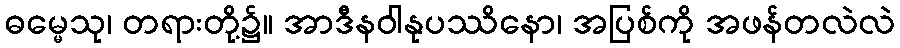
ဓမ္မေသု၊ တရားတို့၌။ အာဒီနဝါနုပဿိနော၊ အပြစ်ကို အဖန်တလဲလဲ